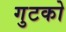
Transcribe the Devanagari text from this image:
गुटको